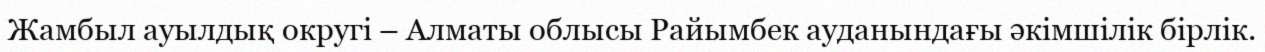
Жамбыл ауылдық округі – Алматы облысы Райымбек ауданындағы әкімшілік бірлік.